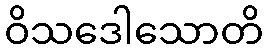
ဝိသဒေါသောတိ